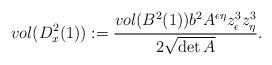
LaTeX: \begin{align*} vol (D^2_x(1)):=\frac{vol (B^2(1))b^2A^{\epsilon\eta}z^3_{\epsilon}z^3_{\eta}}{2\sqrt{\det A}}. \end{align*}